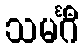
သမင်္ဂီ